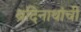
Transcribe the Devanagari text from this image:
ब्रदिनाथांची